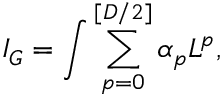
I _ { G } = \int \sum _ { p = 0 } ^ { [ D / 2 ] } \alpha _ { p } L ^ { p } ,